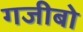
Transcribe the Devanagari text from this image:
गजीबो